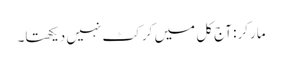
مارکر: آج کل میں کرکٹ نہیں دیکھتا۔